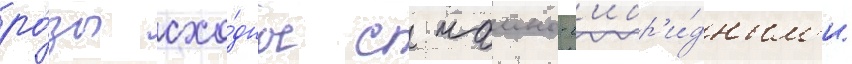
ро́зы схо́дны с чаино-г'ибр'и́дным'и.